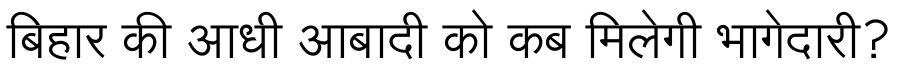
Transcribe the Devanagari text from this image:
बिहार की आधी आबादी को कब मिलेगी भागेदारी?